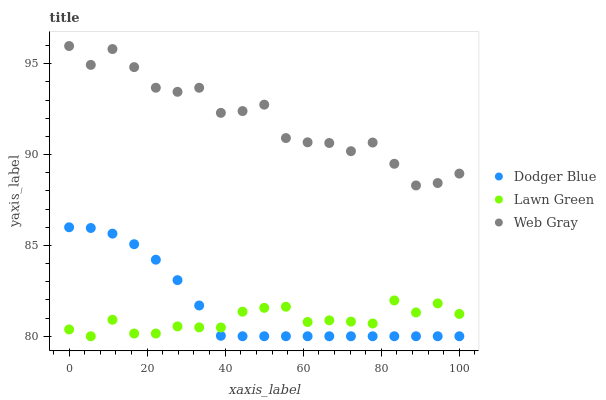
| xaxis_label | Dodger Blue | Lawn Green | Web Gray |
 | --- | --- | --- | --- |
 | 0 | 86 | 80.4 | 96 |
 | 5.56 | 86 | 80 | 94.9 |
 | 11.1 | 85.6 | 80.9 | 95.8 |
 | 16.7 | 85.1 | 80.1 | 94.8 |
 | 22.2 | 84.2 | 80.2 | 93.7 |
 | 27.8 | 83.1 | 80.5 | 93.5 |
 | 33.3 | 81.7 | 80.5 | 93.7 |
 | 38.9 | 80 | 80.5 | 92.3 |
 | 44.4 | 80 | 81.4 | 92.4 |
 | 50 | 80 | 81.6 | 92.7 |
 | 55.6 | 80 | 81.6 | 90.9 |
 | 61.1 | 80 | 80.8 | 90.7 |
 | 66.7 | 80 | 80.9 | 90.6 |
 | 72.2 | 80 | 80.8 | 90.2 |
 | 77.8 | 80 | 80.7 | 90.7 |
 | 83.3 | 80 | 82 | 89.5 |
 | 88.9 | 80 | 81.3 | 88.3 |
 | 94.4 | 80 | 81.8 | 88.4 |
 | 100 | 80 | 81.2 | 89 |